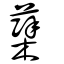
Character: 蘖